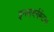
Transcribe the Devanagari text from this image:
इनवायर्नमेंटल